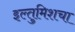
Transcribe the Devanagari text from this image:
इल्तुमिशचा